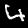
Digit: 4